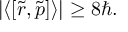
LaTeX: \left| \langle [ { \tilde { r } } , { \tilde { p } } ] \rangle \right| \geq 8 \hbar .